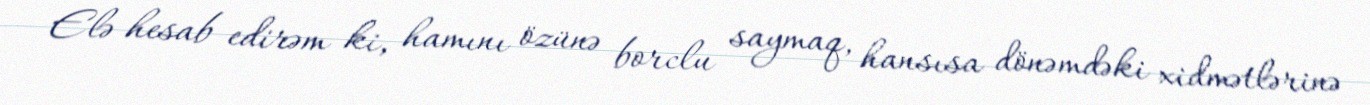
Elə hesab edirəm ki, hamını özünə borclu saymaq, hansısa dönəmdəki xidmətlərinə